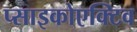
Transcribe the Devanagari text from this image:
प्साइकोएक्टिव